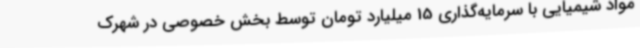
مواد شیمیایی با سرمایه‌گذاری 15 میلیارد تومان توسط بخش خصوصی در شهرک